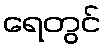
ရေတွင်